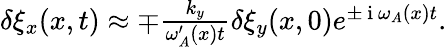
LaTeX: \begin{array}{r}{\delta\xi_{x}(x,t)\approx\mp\frac{k_{y}}{\omega_{A}^{\prime}(x)t}\delta\xi_{y}(x,0)e^{\pm\mathrm{~i~}\omega_{A}(x)t}.}\end{array}